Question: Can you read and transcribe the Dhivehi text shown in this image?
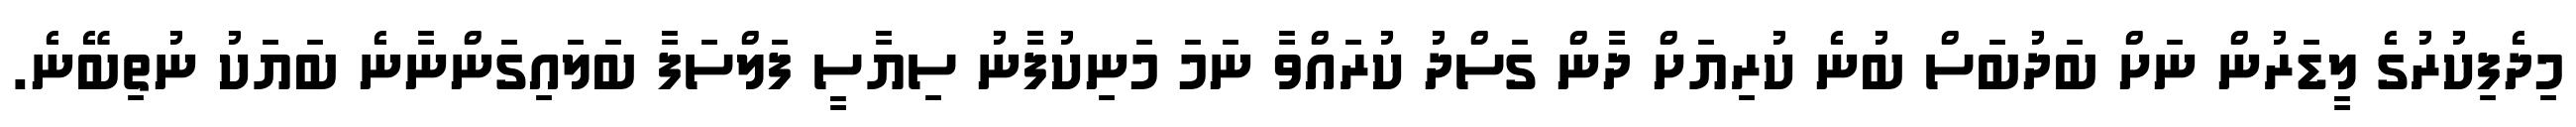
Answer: މިދެފިކުރުގެ ލީޑަރުން ނަށް ބަދުބަސް ބުނެ ކުރިޔަށް ދާން ގަސްދު ކުރައްވާ ނަމަ މަނިކުފާނު ސިޔާސީ ފަލްސަފާ ބަލައިގަންނާނެ ބަޔަކު ނުތިބޭނެ.